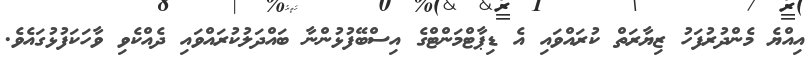
އިއްޔެ މެންދުރުފަހު ޒިޔާރަތް ކުރައްވައި އެ ޑިޕާޓްމަންޓްގެ އިސްބޭފުޅުންނާ ބައްދަލުކުރައްވައި ދެއްކެވި ވާހަކަފުޅުގައެވެ.